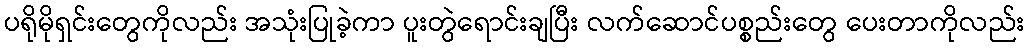
ပရိုမိုရှင်းတွေကိုလည်း အသုံးပြုခဲ့ကာ ပူးတွဲရောင်းချပြီး လက်ဆောင်ပစ္စည်းတွေ ပေးတာကိုလည်း